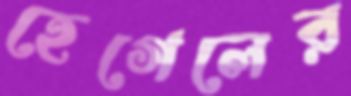
হেগেলের